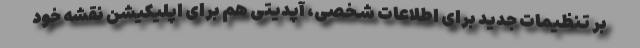
بر تنظیمات جدید برای اطلاعات شخصی، آپدیتی هم برای اپلیکیشن نقشه خود